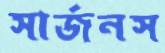
সার্জনস